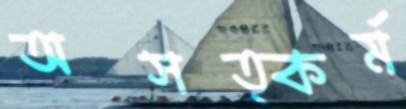
অসত্কর্ম